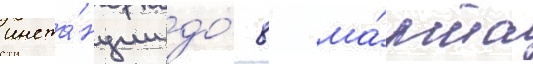
инста́нции до́ 8 ма́рта